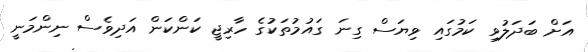
އަށް ބަދަލުވި ކަމުގައި ވިޔަސް ގިނަ ގައުމުތަކުގެ ހާރިޖީ ކަންކަން އަދިވެސް ނިންމަނީ